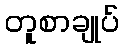
တူစာချုပ်